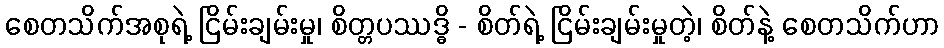
စေတသိက်အစုရဲ့ ငြိမ်းချမ်းမှု၊ စိတ္တပဿဒ္ဓိ - စိတ်ရဲ့ ငြိမ်းချမ်းမှုတဲ့၊ စိတ်နဲ့ စေတသိက်ဟာ